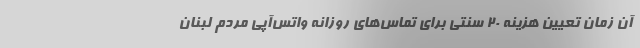
آن زمان تعیین هزینه 20 سنتی برای تماس‌های روزانه واتس‌آپی مردم لبنان